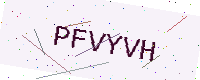
Text: PFVYVH